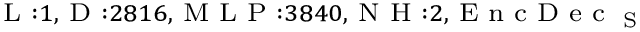
_ { \textrm { L } : 1 , \textrm { D } : 2 8 1 6 , \textrm { M L P } : 3 8 4 0 , \textrm { N H } : 2 , \textrm { E n c D e c } _ { \textrm { S } } }